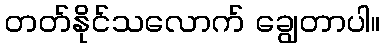
တတ်နိုင်သလောက် ချွေတာပါ။